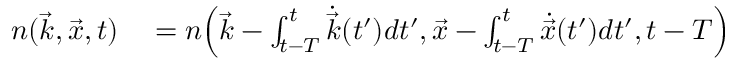
\begin{array} { r l } { n ( \vec { k } , \vec { x } , t ) } & { { } = n \Big ( \vec { k } - \int _ { t - T } ^ { t } \dot { \vec { k } } ( t ^ { \prime } ) d t ^ { \prime } , \vec { x } - \int _ { t - T } ^ { t } \dot { \vec { x } } ( t ^ { \prime } ) d t ^ { \prime } , t - T \Big ) } \end{array}